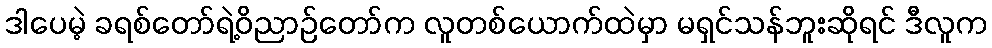
ဒါပေမဲ့ ခရစ်တော်ရဲ့ဝိညာဉ်တော်က လူတစ်ယောက်ထဲမှာ မရှင်သန်ဘူးဆိုရင် ဒီလူက